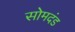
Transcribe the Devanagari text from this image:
सोमदंड